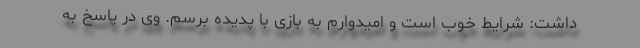
داشت: شرایط خوب است و امیدوارم به بازی با پدیده برسم. وی در پاسخ به